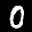
Label: 0